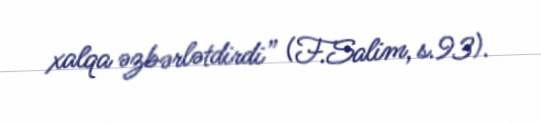
xalqa əzbərlətdirdi” (F.Salim, s.93).